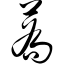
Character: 荞